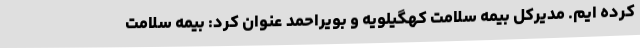
کرده ایم. مدیرکل بیمه سلامت کهگیلویه و بویراحمد عنوان کرد: بیمه سلامت